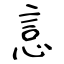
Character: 悥